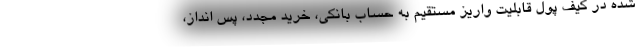
شده در کیف پول قابلیت واریز مستقیم به حساب بانکی، خرید مجدد، پس انداز،